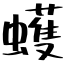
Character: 蠖